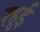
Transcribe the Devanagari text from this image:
रहुई